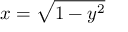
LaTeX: x = { \sqrt { 1 - y ^ { 2 } } }